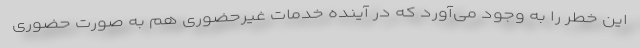
این خطر را به وجود می‌آورد که در آینده خدمات غیرحضوری هم به صورت حضوری